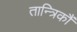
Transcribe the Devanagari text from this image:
तान्त्रिकौं